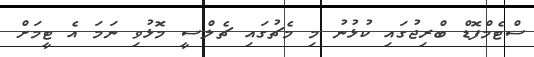
ސްޓެމްފޮޑް ބްރިޖުގައި ކުޅުނު މި މެޗުގައި ޗެލްސީ މޮޅުވި ނަމަ އެ ޓީމަށް